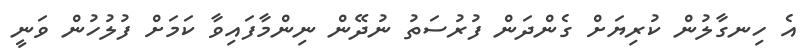
އެ ހިނގާލުން ކުރިޔަށް ގެންދަން ފުރުސަތު ނުދޭން ނިންމާފައިވާ ކަމަށް ފުލުހުން ވަނީ